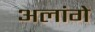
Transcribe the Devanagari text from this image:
अलांगे